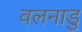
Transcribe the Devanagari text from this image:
वलनाडु